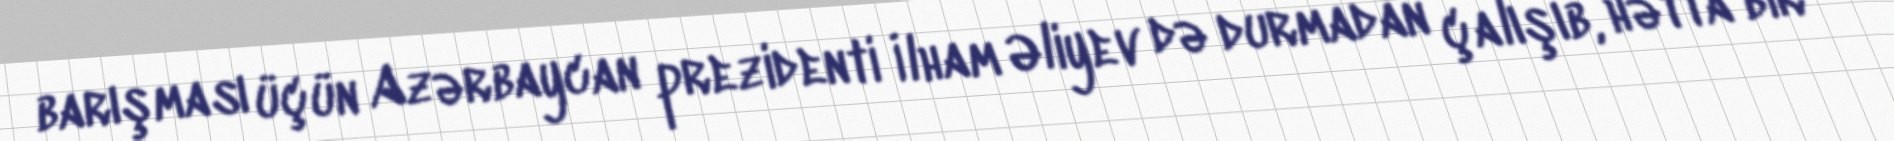
barışması üçün Azərbaycan prezidenti İlham Əliyev də durmadan çalışıb, hətta bir